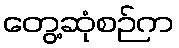
တွေ့ဆုံစဉ်က